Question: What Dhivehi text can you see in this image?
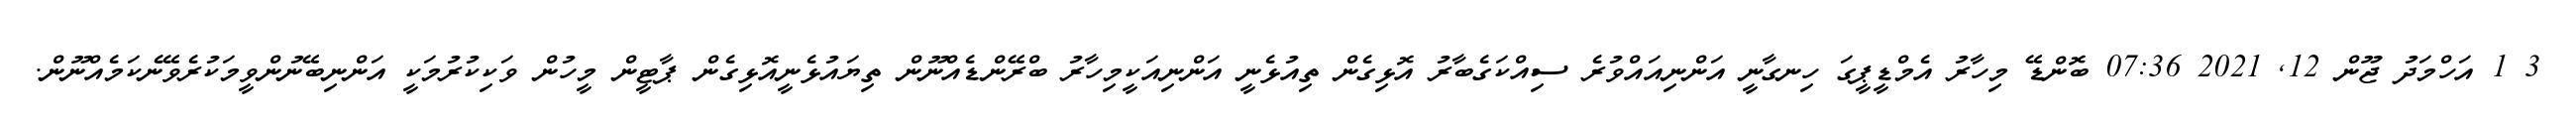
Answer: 3 1 އަހްމަދު ޖޫން 12, 2021 07:36 ބޮންޑޭ މިހާރު އެމްޑީޕީގަ ހިނގާނީ އަންނިއައްވުރެ ސިއްކަގެބާރު އޮޅިގެން ތިއުޅެނީ އަންނިއަކީމިހާރު ބްރޭންޑެއްނޫން ތިޔައުޅެނީއޮޅިގެން ޕާޓީން މީހުން ވަކިކުރުމަކީ އަންނިބޭނުންވީމަކުރެވޭނެކަމެއްނޫން.